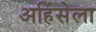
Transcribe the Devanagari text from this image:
अहिंसेला